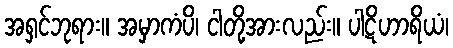
အရှင်ဘုရား။ အမှာကံပိ၊ ငါတို့အားလည်း။ ပါဋိဟာရိယံ၊